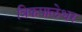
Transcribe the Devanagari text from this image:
त्रिकपालेश्वर